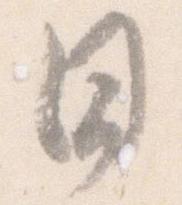
日